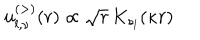
u _ { l , \nu } ^ { ( > ) } ( r ) \propto \sqrt { r } \, K _ { s _ { l } } ( \kappa r ) \;